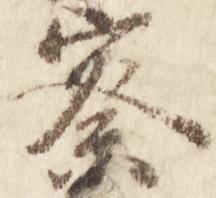
察